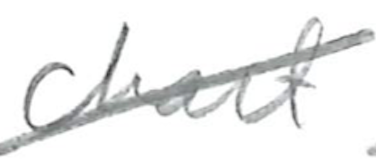
Text: chart
Cross-out: diagonal
Writing tool: pencil